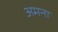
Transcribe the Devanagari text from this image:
अमना